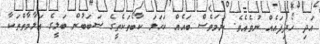
އަދި ހޯދިފައެއް ނުވެއެވެ. ނަމަވެސް ބައެއް ކަހަލަ ކާބޯތަކެތީގެ ސަބަބުން ބަލީގެ އަލާމާތްތަކާ